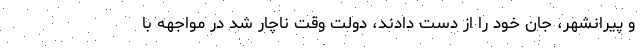
و پيرانشهر، جان خود را از دست دادند، دولت وقت ناچار شد در مواجهه با